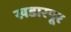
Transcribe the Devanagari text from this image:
खडारपूर